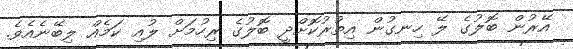
އޭރުން ބޮލުގެ ލޭ ހިނގުން އިތުރުކޮށްދީ ބޮލުގެ ރިހުމަށް ލުއި ކަމެއް ލިބޭނެއެވެ.